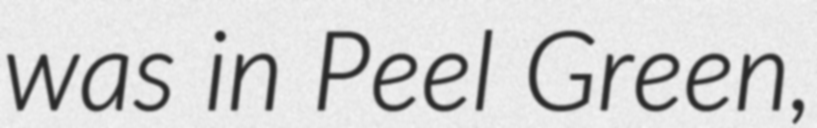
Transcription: was in Peel Green,